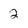
Character: 2